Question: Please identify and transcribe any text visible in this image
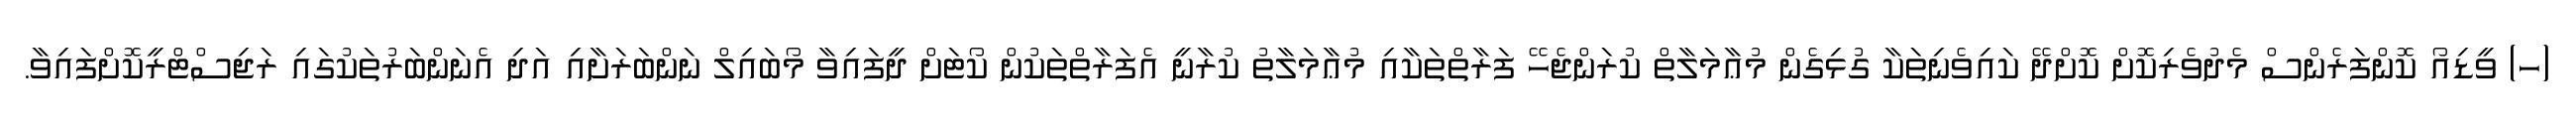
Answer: (ހ) ވީޑިއޯ ކޮންފަރެންސް މެދުވެރިކޮށް ކޮށްދޭ ކައިވެނިތަކާ ގުޅިގެން މުޢާމަލާތް ކުރަންޖެހޭ ފަރާތްތަކާއި މުޢާމަލާތު ކުރާނީ އެފަރާތްތަކުން ކޯޓަށް ދީފައިވާ މޯބައިލް ނަންބަރަށާއި އަދި އެނަންބަރުތަކުގައި ރަޖިސްޓްރީކޮށްފައިވާ.